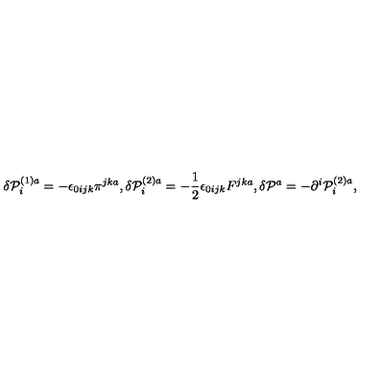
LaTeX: \delta { \cal P } _ { i } ^ { \left( 1 \right) a } = - \epsilon _ { 0 i j k } \pi ^ { j k a } , \delta { \cal P } _ { i } ^ { \left( 2 \right) a } = - \frac { 1 } { 2 } \epsilon _ { 0 i j k } F ^ { j k a } , \delta { \cal P } ^ { a } = - \partial ^ { i } { \cal P } _ { i } ^ { \left( 2 \right) a } ,